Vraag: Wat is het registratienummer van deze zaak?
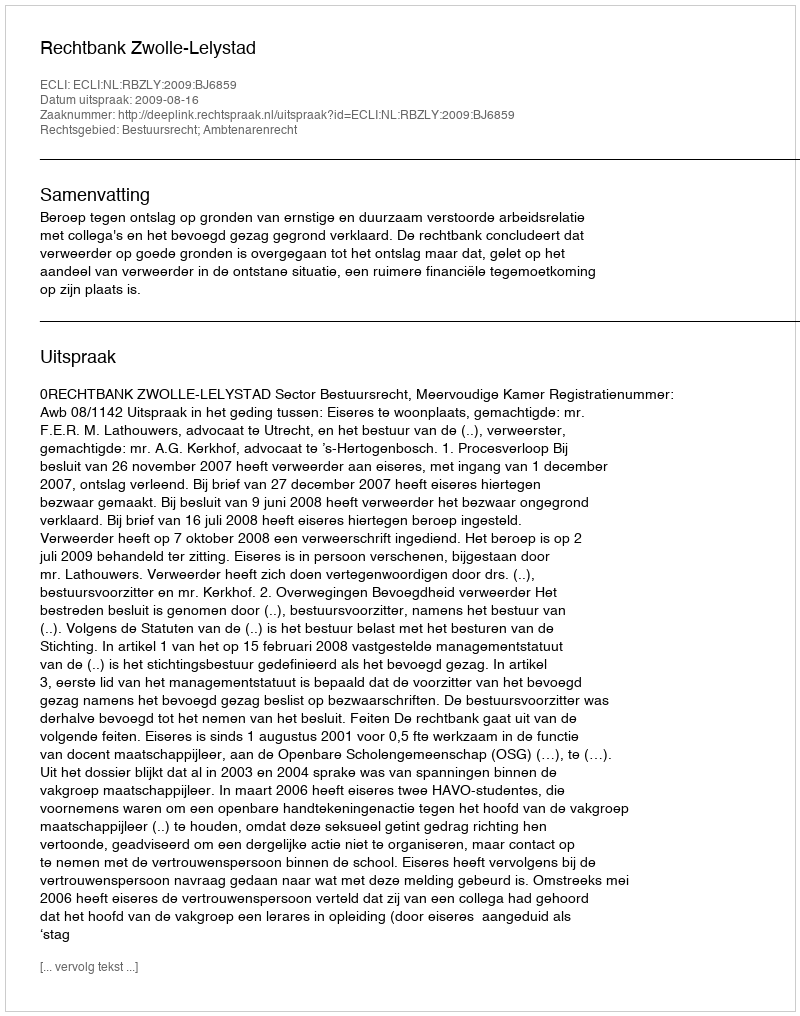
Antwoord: http://deeplink.rechtspraak.nl/uitspraak?id=ECLI:NL:RBZLY:2009:BJ6859